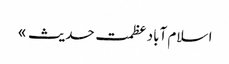
ا سلام آباد	عظمت حدیث »